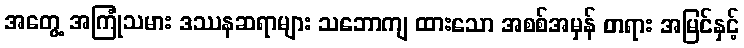
အတွေ့ အကြုံသမား ဒဿနဆရာများ သဘောကျ ထားသော အစစ်အမှန် တရား အမြင်နှင့်